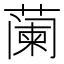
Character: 𬞕